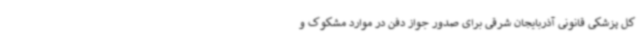
کل پزشکی قانونی آذربایجان شرقی برای صدور جواز دفن در موارد مشکوک و